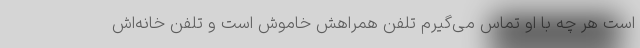
است هر چه با او تماس می‌گیرم تلفن همراهش خاموش است و تلفن خانه‌اش